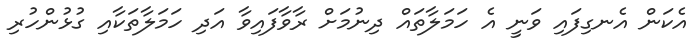
އެކަން އެނގިފައި ވަނީ އެ ހަމަލާތައް ދިނުމަށް ރާވާފައިވާ އަދި ހަމަލާތަކާއި ގުޅުންހުރި